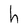
Character: h